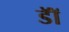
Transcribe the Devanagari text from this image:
डाॅॅ